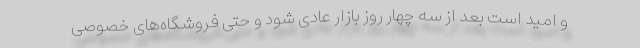
و امید است بعد از سه چهار روز بازار عادی شود و حتی فروشگاه‌های خصوصی